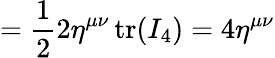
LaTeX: ={\frac{1}{2}}2\eta^{\mu\nu}\operatorname{tr}(I_{4})=4\eta^{\mu\nu}